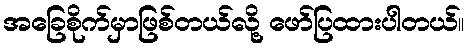
အခြေစိုက်မှာဖြစ်တယ်လို့ ဖော်ပြထားပါတယ်။